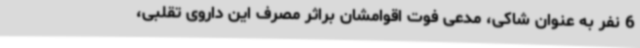
6 نفر به عنوان شاکی، مدعی فوت اقوامشان براثر مصرف این داروی تقلبی،